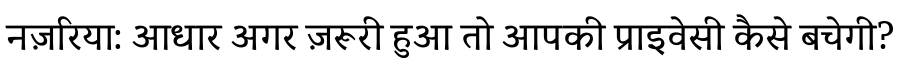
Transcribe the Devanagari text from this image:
नज़रिया: आधार अगर ज़रूरी हुआ तो आपकी प्राइवेसी कैसे बचेगी?